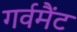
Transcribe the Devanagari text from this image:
गर्वमैंट